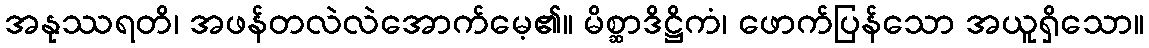
အနုဿရတိ၊ အဖန်တလဲလဲအောက်မေ့၏။ မိစ္ဆာဒိဋ္ဌိကံ၊ ဖောက်ပြန်သော အယူရှိသော။